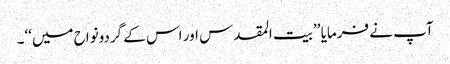
آپ نے فرمایا ’’بیت المقدس اور اس کے گردونواح میں‘‘۔